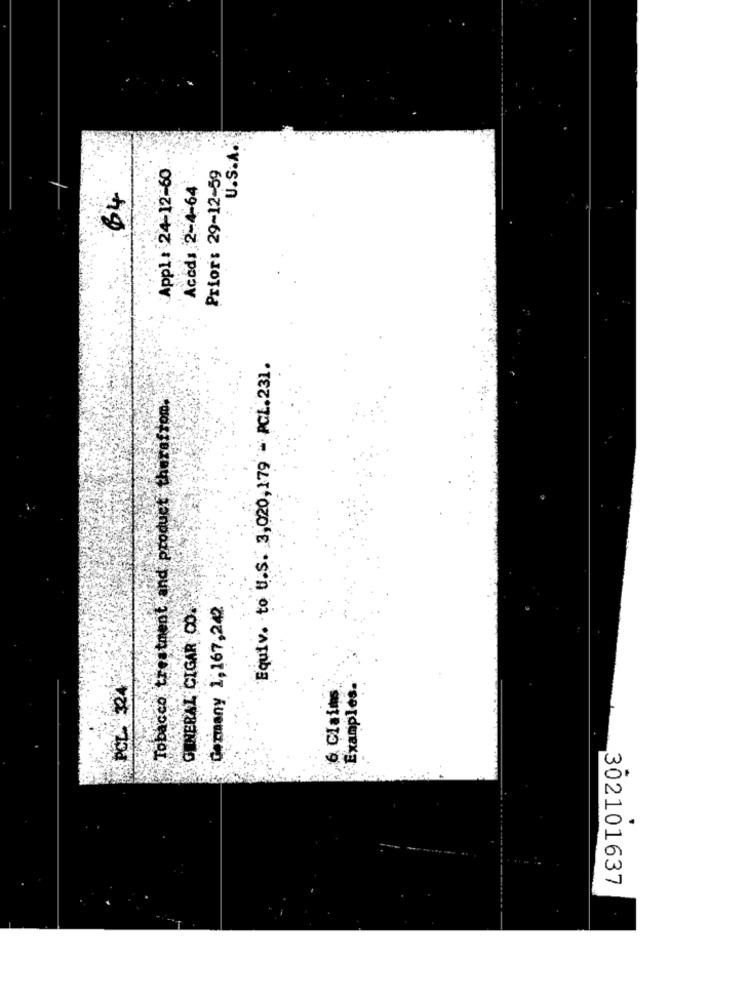
U.S.A.
Appl: 24-12-60
Prior: 29-12-59
Accd: 2-4-64
64
Equiv. to U.S. 3,020,179 = PCL.231.
Tobacco treatment and product therafrom.
GENERAL CIGAR CO.
Germany 1,167,202
POLPA
6. Claims
Examples.
302101637